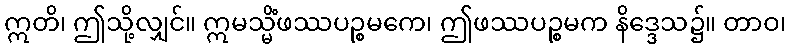
ဣတိ၊ ဤသို့လျှင်။ ဣမသ္မိံဖဿပဉ္စမကေ၊ ဤဖဿပဉ္စမက နိဒ္ဒေသ၌။ တာဝ၊